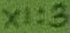
Text: X1:3